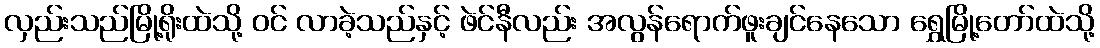
လှည်းသည်မြို့ရိုးထဲသို့ ဝင် လာခဲ့သည်နှင့် ဖဲင်နီလည်း အလွန်ရောက်ဖူးချင်နေသော ရွှေမြို့တော်ထဲသို့